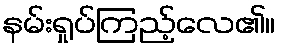
နမ်းရှုပ်ကြည့်လေ၏။